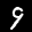
Label: 9